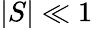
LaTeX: \vert S\vert\ll 1